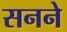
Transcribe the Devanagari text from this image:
सनने